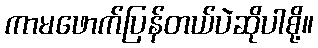
ကာမဖောက်ပြန်တယ်ပဲဆိုပါစို့။